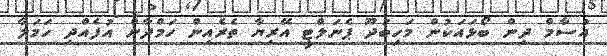
އުސާމް ދިން ބޯޅައަކުން މަހިބަދޫ ޕެނަލްޓީ އޭރިޔާ ތެރެއިން ހަމްދާން އުފެއްދި ހަމަލާ